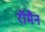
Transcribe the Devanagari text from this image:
रॉमैन